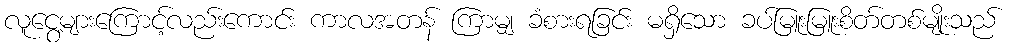
လူငွေ့များကြောင့်လည်းကောင်း ကာလအတန် ကြာမျှ ခံစားရခြင်း မရှိသော ခပ်မြူးမြူးစိတ်တစ်မျိုးသည်